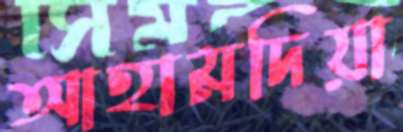
আহামদিয়া